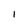
Character: I